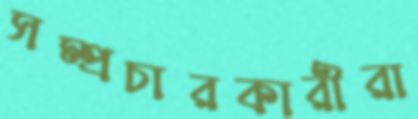
সম্প্রচারকারীরা